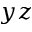
y z